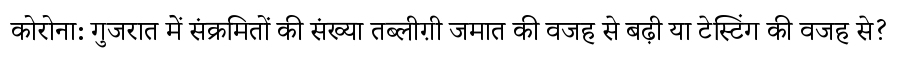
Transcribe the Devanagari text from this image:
कोरोना: गुजरात में संक्रमितों की संख्या तब्लीग़ी जमात की वजह से बढ़ी या टेस्टिंग की वजह से?